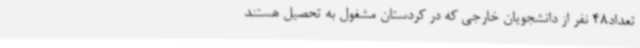
تعداد48 نفر از دانشجویان خارجی که در کردستان مشغول به تحصیل هستند